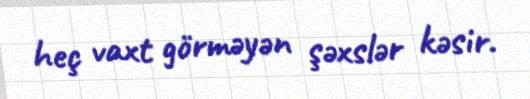
heç vaxt görməyən şəxslər kəsir.